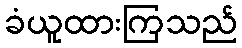
ခံယူထားကြသည်